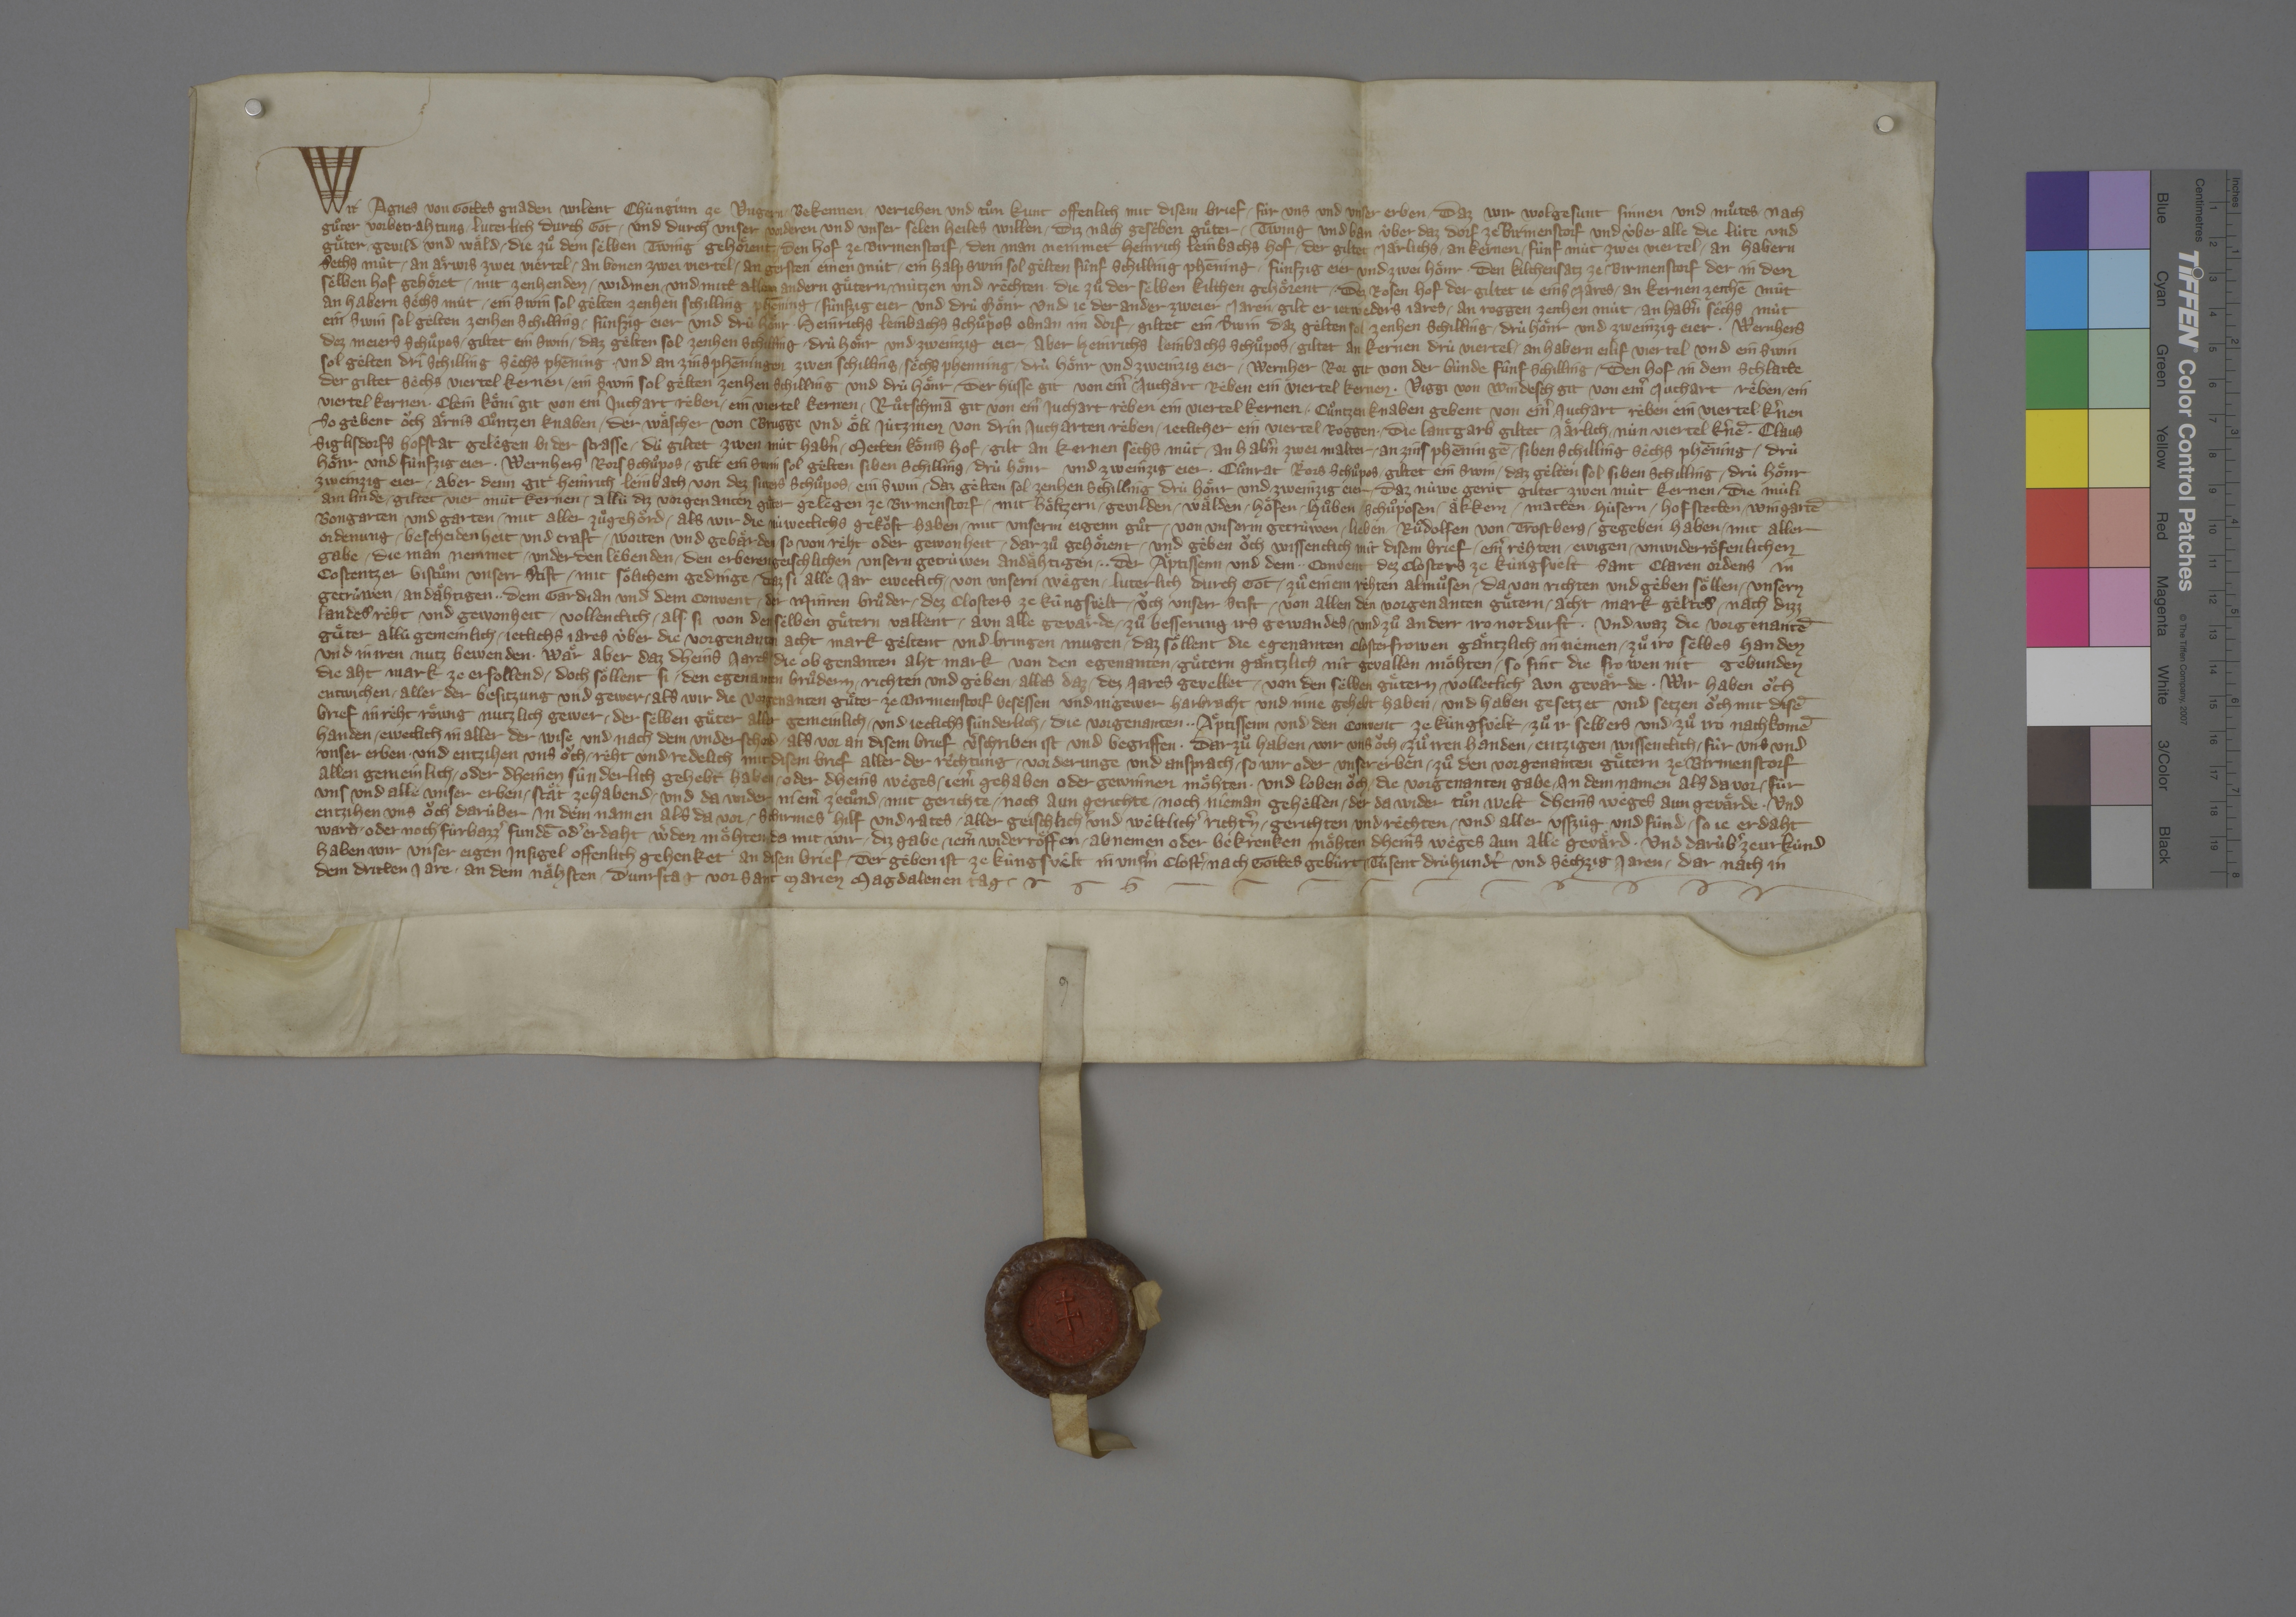
Transcription:
Wir, Agnes, von gottes gnaden wilent chùnginn ze Ungern, bekennen, verjehen und tuͦn kunt offenlich mit disem brief ✳ fùr uns und unser erben, ✳ daz wir wolgesunt sinnen und muͦtes nach
guͦter vorbetrahtung ✳ luterlich durch got ✳ und durch unser vorderen und unser selen heiles willen ✳ diz nach gescˀben guͤter, ✳ twing und ban ùber daz dorf ze Birmenstorf und ùber alle die lùte und
guͤter, ✳ gevild und waͤld, ✳ die zuͦ dem selben twing gehoͤrent; ✳ den hof ze Birmenstorf, ✳ den man nemmet Heinrich Leinbachs hof, ✳ der giltet jaͤrlichs ✳ an kernen ✳ fùnf mùt, ✳ zwei viertel, ✳ an habern
sechs mùt, ✳ an aͤrwis zwei viertel, ✳ an bonen zwei viertel, ✳ an gersten einen mùt, ✳ ein halp swin, sol gelten fùnf schilling phēning, ✳ fùnfzig eier und zwei hoͤnr; ✳ den kilchensatz ze Birmenstorf, der in den
selben hof gehoͤret, ✳ mit zenhenden, ✳ widmen ✳ und mitt allen andern guͤtern, ✳ nùtzen und rechten, ✳ die zuͦ der selben kilchen gehoͤrent; ✳ dez Rosen hof, der giltet je eins jares ✳ an kernen zenhē mùt,
an habern sèchs mùt, ✳ ein swin, sol gèlten zenhen schilling phēning, ✳ fùnfzig eier und drù hoͤnr, und je der ander zweier jaren ✳ gilt er jetweders jares ✳ an roggen zenhen mùt, ✳ an habˀn sêchs mùt,
ein swin, sol gelten zenhen schilling, ✳ fûnfzig eier und drù hoͤnr; ✳ Heinrichs Leinbachs schuͦpos obnan im dorf, ✳ giltet ein swin, daz gèlten sol zenhen schilling, ✳ drù hoͤnr und zweinzig eier; ✳ Wernhers
dez Meiers schuͦpos, ✳ giltet ein swin, ✳ daz gêlten sol zenhen schilling, ✳ drù hoͤnr und zweinzig eier; ✳ aber Heinrichs Leinbachs schuͦpos, ✳ giltet an kernen drù viertel, ✳ an habern eilif viertel, und ein swin,
sol gèlten dri schilling sechs phēning, ✳ und an zins phēningen zwen schilling, ✳ sèchs phenning, ✳ drù hoͤnr und zweinzig eier; ✳ Wernher Ror git von der bùnde fùnf schilling; ✳ den hof in dem Schlatte,
der giltet sèchs vierteil kernen, ✳ ein swin, sol gèlten zenhen schilling, und drù hoͤnr; ✳ der Hùsse git von einˀ juchart reben ein viertel kernen; ✳ Viggi von Windesch git von einˀ juchart reben ✳ ein
viertel kernen; ✳ Clein Koͤni git von einˀ juchart rèben ✳ ein viertel kernen; ✳ Ruͦtschmā git von einˀ juchart reben ein viertel kernen; ✳ Cuͦntzen knaben gebent von einˀ juchart reben ein viertel kˀnen;
so gebent oͧch Aͤrnis Cuͦntzen knaben, ✳ der Waͤscher von Brugge, und Oͤli Jûtzinen von drin jucharten rèben ✳ jeclicher ein viertel roggen; ✳ die lantgarb, giltet jaͤrlich ✳ nùn viertel kˀnē; ✳ Claus
Siglisdorfs hofstat, gelegen bi der strasse, ✳ dù giltet zwen mùt habˀn; ✳ Metten Koͤnis hof, ✳ gilt an kernen sèchs mùt, ✳ an habˀn zwei malter, ✳ an zins phēningē ✳ siben schilling, sechs phēning, ✳ drù
hoͤnr und fùnfzig eier; ✳ Wernhers Rors schuͦpos, ✳ gilt ein swin, sol gèlten siben schilling, ✳ drù hoͤnr und zweinzig eier; ✳ Cuͦnrat Rors schuͦpos, ✳ giltet ein swin, ✳ daz gelten sol siben schilling, ✳ drù hoͤnr,
zweinzig eier; ✳ aber denn git Heinrich Leinbach von dez Suters schuͦpos ✳ ein swin, ✳ daz gelten sol zenhen schilling, drù hoͤnr und zweinzig eier; ✳ daz nùwe gerùt, giltet zwen mùt kernen; ✳ die mùli
am Linde, ✳ giltet vier mùt kernen; ✳ allù diz vorgenanten guͤter, gelegen ze Birmenstorf, ✳ mit hoͤltzern, ✳ gevilden, ✳ waͤlden, ✳ hoͤfen, ✳ huͦben, ✳ schuͦposen, ✳ aͤkkern, ✳ matten, ✳ hùsern ✳ hof stetten, ✳ wingartē,
bongarten und garten, ✳ mit aller zuͦgehoͤrd, ✳ als wir die nùweclichs gekoͧft haben ✳ mit unserm eigenn guͦt ✳ von unserm getrùwen, ✳ lieben ✳ Ruͦdolfen von Trostberg, ✳ gegeben haben ✳ mit aller
ordenung, ✳ bescheidenheit und craft, ✳ worten und gebaͤrden, ✳ so von reht oder gewonheit ✳ darzuͦ gehoͤrent ✳ und geben oͧch wissentlich mit disem brief ✳ einˀ rehten, ✳ ewigen, ✳ unwiderroͤfenlichen
gabe, ✳ die man nemmet ✳ under den lebenden, ✳ den erberen, geischlichen, unsern getrùwen, andaͤhtigen, ✳ ✳ der aͤptissenn und dem ✳ ✳ convent dez closters ze Kùngsvelt, Sant Claren ordens, in
Costentzer bistuͦm, unserr stift, ✳ mit soͤlichem gedinge, ✳ daz si alle jar eweclich ✳ von unsern wêgen ✳ luterlich durch got ✳ zuͦ einem rehten almuͦsen ✳ da von richten und gèben soͤllen ✳ unsern
getrùwen, ✳ andaͤhtigen, ✳ ✳ dem gardian und dem convent ✳ der Minren Bruͦder ✳ dez closters ze Kùngsvèlt, ✳ oͧch unserr stift, ✳ von allen den vorgenanten guͤtern ✳ acht mark gèltes nach dizz
landes rèht und gewonheit, ✳ vollenclich ✳ als si von den selben guͤtern vallent, ✳ aun alle gevaͤrde, ✳ zuͦ besserung irs gewandes ✳ und zuͦ an derr iro notdurft. ✳ und waz die vorgenantē
guͤter allù gemeinlich ✳ jeclichs jares ùber die vorgenanten acht mark gèltent und bringen mugen, ✳ daz soͤllent die egenanten closterfrowen gaͤntzlich in nemen ✳ zuͦ iro selbes handen
und in iren nutz bewenden. ✳ waͤr aber, daz dheins jares die obgenanten aht mark von den egenanten ✳ guͤtern gaͤntzlich nit gevallen moͤhten, ✳ so sint die frowen nit gebunden,
die aht mark ze erfollend, ✳ doch soͤllent si ✳ den egenanten bruͦdern ✳ richten und gèben ✳ alles, daz ✳ dez jares gevellet ✳ von den selben guͤtern, volleclich aun gevaͤrde. ✳ wir haben oͧch
entwichen ✳ aller der besitzung und gewer, ✳ als wir die vorgenanten guͤter ze Birmenstorf besessen und in gewer harbracht und inne gehebt haben, ✳ und haben gesetzet und setzen oͧch mit disē
brief in reht, roͤwig, nutzlich gewer ✳ der selben guͤter, aller gemeinlich ✳ und jeclichs sùnderlich, ✳ die vorgenanten ✳ ✳ aͤptissenn und den convent ze Kùngsvelt ✳ zuͦ ir selbers und zuͦ iro nachkomē
handen ✳ eweclich, in aller der wise und nach dem underscheid, ✳ als vor an disem brief vˀschriben ist und begriffen. ✳ darzuͦ haben wir oͧch zuͦ iren handen ✳ entzigen wissenclich ✳ fùr uns und
unser erben ✳ und entzihen uns oͧch ✳ reht und redelich mit disem brief aller der rechtung, ✳ vorderunge und ansprach, ✳ so wir oder unser erben ✳ zuͦ den vorgenanten guͤtern ze Birmenstorf,
allen gemeinlich ✳ oder dheinen sùnderlich, gehebt haben ✳ oder dheins wèges ✳ jemˀ gehaben oder gewinnen moͤhten, ✳ und loben oͧch, ✳ die vorgenanten gabe ✳ in dem namen, als da vor, ✳ fùr
uns und alle unser erben ✳ staͤt zehabend ✳ und da wider niemˀ zetuͦnd ✳ mit gerichte ✳ noch aun gerichte ✳ noch nieman gehellen, ✳ der da wider tuͦn welt, dheins wèges, aun gevaͤrde, ✳ und
entzihen uns oͧch darùber in dem namen, als da vor, ✳ schirmes, hilf und rates ✳ aller geischlichˀ und weltlichˀ richtˀn, gerichten ✳ und rechten ✳ und aller usszùg und fùnd, ✳ so je erdaht
ward ✳ oder noch fùrbazzˀ fundē odˀ erdaht wˀden moͤhten, da mit wir ✳ diz gabe ✳ jemˀ widerroͤffen, ✳ abnemen oder bekrenken moͤhten dheins wèges, aun alle gevaͤrd. ✳ und darùbˀ ze urkùnd
haben wir unser eigen insigel offenlich gehenket an disen brief, ✳ der geben ist ze Kùngsvêlt in unsˀm clostˀ, ✳ nach gottes gebùrt drùhundˀt und sèchzig jaren, ✳ dar nach in
dem dritten jare, ✳ an dem naͤhsten ✳ dunrstag vor sant Marien Magdalenen tag. ✳